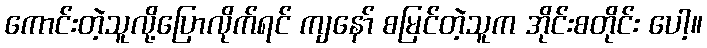
ကောင်းတဲ့သူလို့ပြောလိုက်ရင် ကျနော် စမြင်တဲ့သူက အိုင်းစတိုင်း ပေါ့။